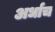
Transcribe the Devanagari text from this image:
अर्धाच